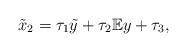
LaTeX: \begin{align*} \tilde{x}_{2}=\tau_{1}\tilde{y}+\tau_{2}\mathbb{E}y+\tau_{3},\end{align*}